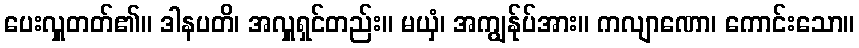
ပေးလှူတတ်၏။ ဒါနပတိ၊ အလှူရှင်တည်း။ မယှံ၊ အကျွန်ုပ်အား။ ကလျာဏော၊ ကောင်းသော။